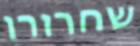
שחרורו